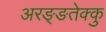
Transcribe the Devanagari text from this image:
अरङ्ङतेक्कु